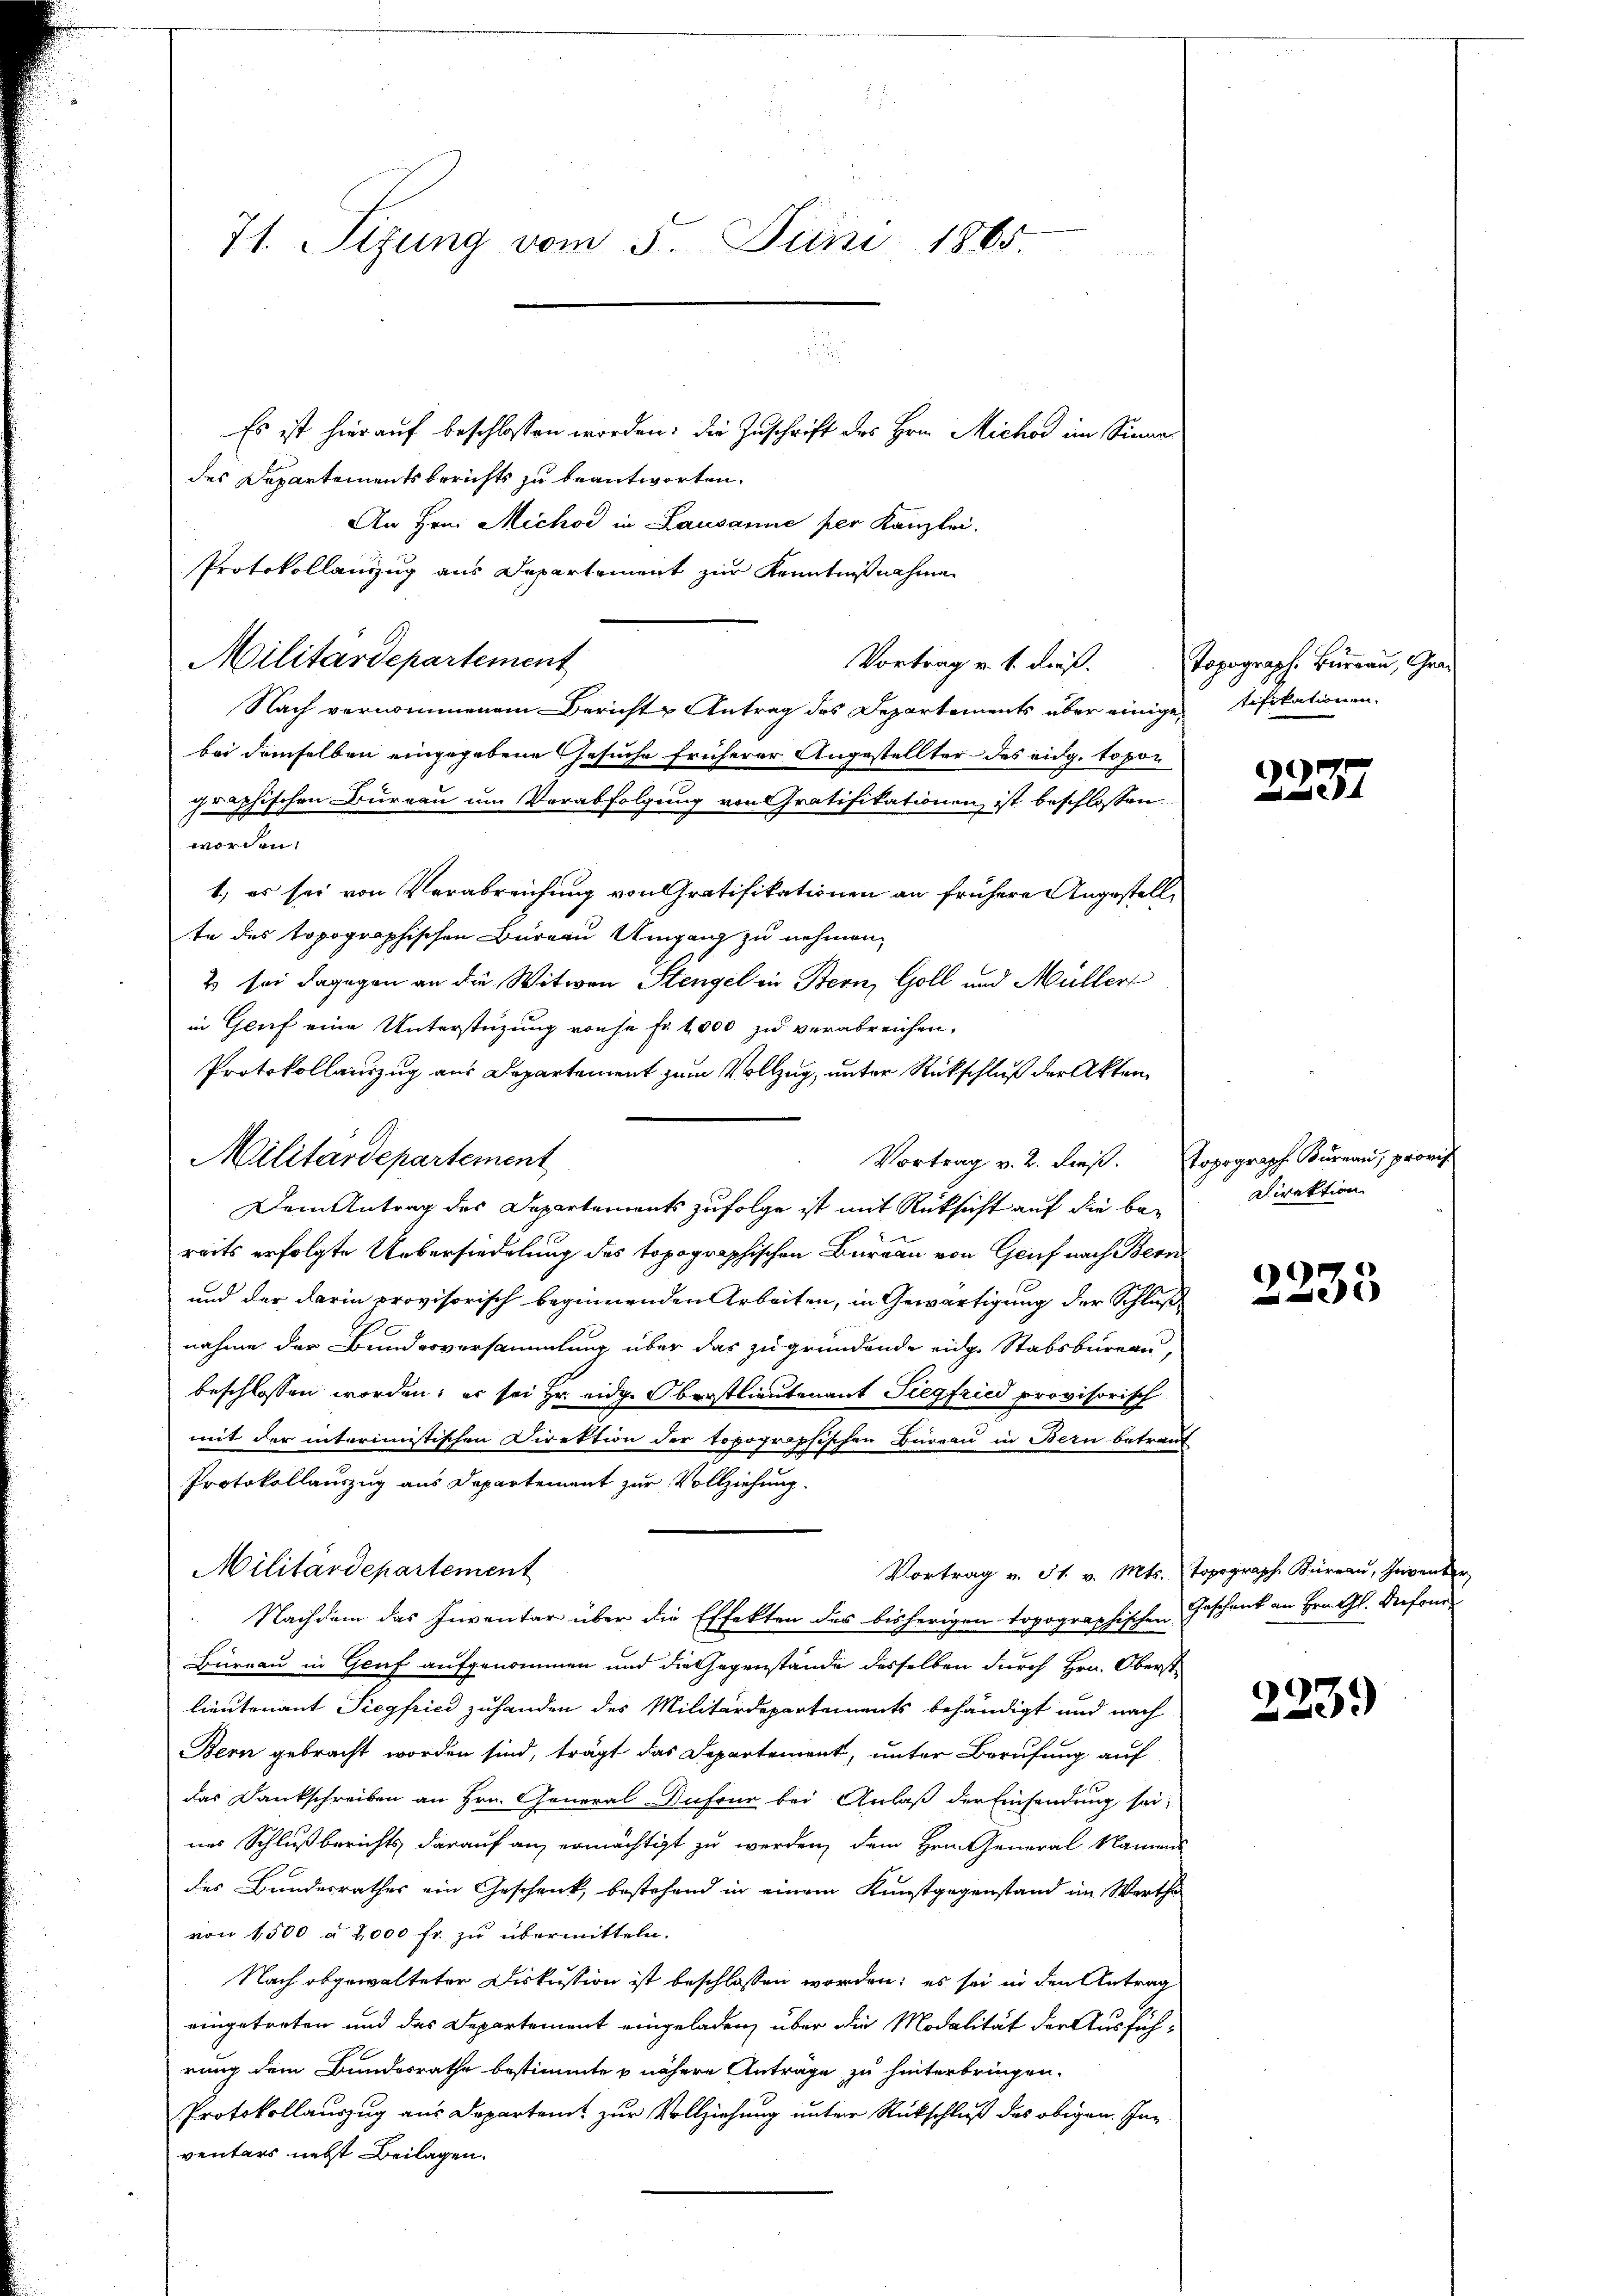
71. Tizung vom 5. Juni 1865.

Es ist hierauf beschlossen worden; die Zuschrift des Hrn. Michod im Sinne
des Departementsberichts zu beantworten.
An Hrn. Michor in Lausanne per Kanzlei.
Protokollanzzug aus Departement zur Kenntnißnahme
Militärdepartement
Vortrag u. s. dieß.
Nach vernommenem Berichte Antrag des Departements über einige, tifikationen.
bei demselben eingegebene Gesuche früherer Angestellter des eidg. topor
raphischen Bureau um Verabfolgung von Gratifikationen, ist beschlossen
worden.
1.) es sei von Verabreichung von Gratifikationen an frühere Angestellte des topographischen Bureau Umgang zu nehmen,
2 sei dagegen an die Witwen Stengel in Bern, Goll und Müller
in Genf eine Unterstüzung vonse fr. 4,000 zu verabreichen.
Protokollauszug aus Departement zum Vollzug, unter Rückschluß der Akten
Dem Antrag des Departements zufolge ist mit Rücksicht auf die bereits erfolgte Uebersiedelung des topographischen Burgau von Genf nach Bern
und der darin provisorisch beginnenden Arbeiten, in Gewärtigung der Schluß
nahme der Bundesversammlung über das zu gründende eidge Stabsbureau,
beschlossen worden; er sei Hr. eidge Oberstlieutenant Siegfried provisorisch
mit der interimistischen Direktion der topographischen Büreau in Bern betraut
Protokollauszug aus Departement zur Vollziehung.
Militärdepartement
Vortrag v. 31. v. Mts. Topograph Büreau, Inventer
Nachdem das Inventar über die Effekten des bisherigen topographischen Geschenk an Hrn. Gl. Befond
Bureau in Genf aufgenommen und die Gegenstände desselben durch Hrn. Oberst
lieutenant Siegfried zuhanden des Militärdepartements behändigt und nach
Bern gebracht worden sind, trägt das Departement, unter Berufung auf
das Dankschreiben an Hrn. General-Infeur bei Anlaß der Einsendung sei,
nes Schlußberichts darauf aus ermächtigt zu werden, dem Hrn. General Namens
des Bundesrathes ein Geschenk, bestehend in einem Kunstgegenstand im Wertha
von 1500 à 2,000 fr. zu übermitteln.
Nach abgewalteter Diskussion ist beschlossen worden; es sei in den Antrag
eingetreten und das Departement eingeladen, über die Modalität der Ausführung dem Bundesrathe bestimmte u nähere Anträge zu hinterbringen.
Protokollauszug aus Departent zur Vollziehung unter Rückschluß des obigen Inventars nebst Beilagen.

Militärdepartement

Topograph. Burgau, Gra¬

2237.

Vortrag v. 2. dieß. Topograph. Bureau, provis
Direktion

2233

223.